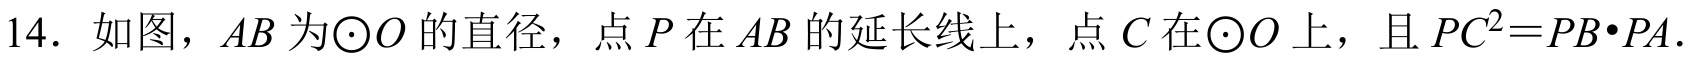
14. 如图，\(AB\) 为\(\odot O\) 的直径，点 \(P\) 在 \(AB\) 的延长线上，点 \(C\) 在\(\odot O\) 上，且 \(PC^{2}=PB\cdot PA\).